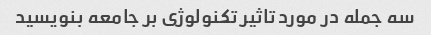
سه جمله در مورد تاثیر تکنولوژی بر جامعه بنویسید